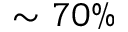
\sim 7 0 \%